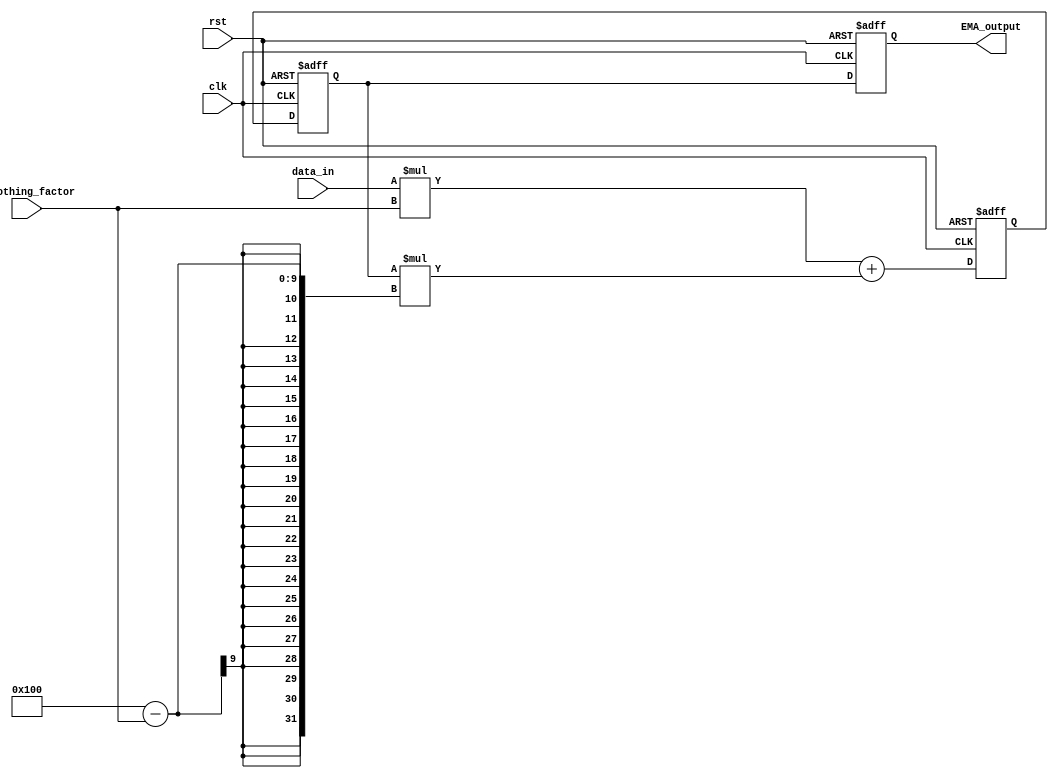
module EMA_accumulator(
    input wire clk,
    input wire rst,
    input wire [7:0] data_in,
    input wire [7:0] smoothing_factor,
    output reg [15:0] EMA_output
);

reg [15:0] weighted_sum;
reg [15:0] previous_EMA;

always @(posedge clk or posedge rst) begin
    if(rst) begin
        weighted_sum <= 8'b0;
        previous_EMA <= 16'b0;
        EMA_output <= 16'b0;
    end else begin
        weighted_sum <= (data_in * smoothing_factor) + (previous_EMA * (256 - smoothing_factor));
        previous_EMA <= weighted_sum;
        EMA_output <= previous_EMA;
    end
end

endmodule